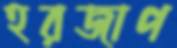
হরজাপ